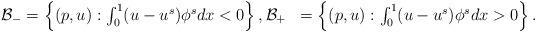
LaTeX: \begin{align*}\begin{aligned} \mathcal{B}_- &= \left\{ (p,u): \textstyle \int_0^1 (u-u^s) \phi^s dx < 0\right\}, \mathcal{B}_+ &= \left\{ (p,u): \textstyle \int_0^1 (u-u^s) \phi^s dx > 0\right\} .\end{aligned}\end{align*}